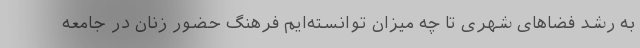
به رشد فضاهای شهری تا چه میزان توانسته‌ایم فرهنگ حضور زنان در جامعه